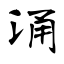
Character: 涌